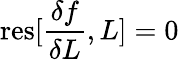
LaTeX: \mathrm{res}[\frac{\delta f}{\delta L},L]=0